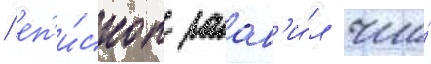
/ еп'и́скоп заав'и́л что́